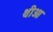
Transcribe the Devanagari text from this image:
थीओ